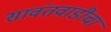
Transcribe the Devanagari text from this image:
सावंतवाडीचा